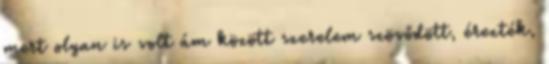
mert olyan is volt ám között szerelem szövődött, érezték,